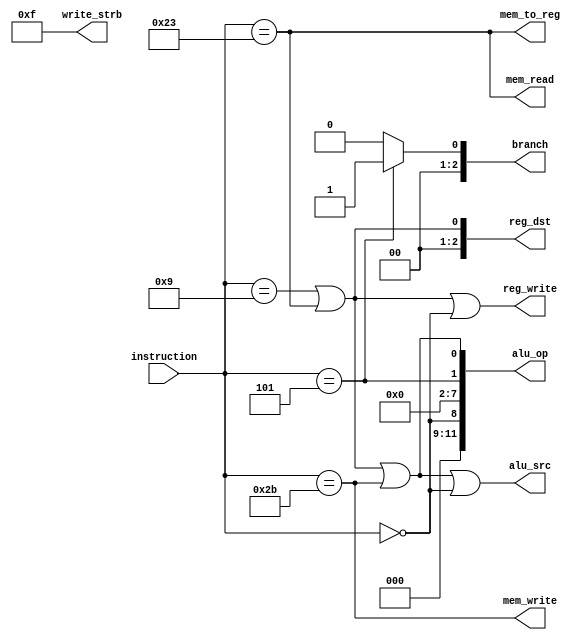
`timescale 10ns / 1ns

`define ADDIU 6'b001001
`define LW    6'b100011
`define SW    6'b101011
`define BNE   6'b000101
`define SLL   6'b000000

`define nop 3'b000
`define bne 3'b001

`define R 2'b10
`define SL 2'b00
`define Beq 2'b01


module control(
	input [5:0]instruction,
	output [2:0]reg_dst,
    output [2:0]branch,
    output mem_read,
    output mem_to_reg,
    output [11:0]alu_op,
    output mem_write,
    output alu_src,
    output reg_write,
	output [3:0]write_strb
);


wire [5 :0] inst_31_26; //op
//wire [4 :0] inst_25_21; //rs
//wire [4 :0] inst_20_16; //rt
//wire [4 :0] inst_15_11; //rd
//wire [4 :0] inst_10_6 ; //sa
//wire [5 :0] inst_5_0  ; //func
//wire [16:0] inst_15_0 ; //imm
//wire [26:0] inst_25_0 ; //jidx

assign inst_31_26 = instruction[5:0];
//assign inst_25_21 = instruction[25:21];
//assign inst_20_16 = instruction[20:16];
//assign inst_15_11 = instruction[15:11];
//assign inst_10_6  = instruction[10: 6];
//assign inst_5_0   = instruction[ 5: 0];
//assign inst_15_0  = instruction[15: 0];
//assign inst_25_0  = instruction[25: 0];

wire inst_addiu;
wire inst_bne  ;
wire inst_lw   ;
wire inst_sw   ;
wire inst_sll  ;

assign inst_addiu = (inst_31_26==`ADDIU );
assign inst_bne   = (inst_31_26==`BNE   );
assign inst_lw    = (inst_31_26==`LW    );
assign inst_sw    = (inst_31_26==`SW    );
assign inst_sll   = (inst_31_26==`SLL   );

assign alu_op[ 0] = inst_addiu | inst_lw | inst_sw;
assign alu_op[ 1] = inst_bne  ;
assign alu_op[ 2] = 0;
assign alu_op[ 3] = 0;
assign alu_op[ 4] = 0;
assign alu_op[ 5] = 0;
assign alu_op[ 6] = 0;
assign alu_op[ 7] = 0;
assign alu_op[ 8] = inst_sll  ;
assign alu_op[ 9] = 0;
assign alu_op[10] = 0;
assign alu_op[11] = 0;

assign reg_dst     = inst_addiu | inst_lw;
assign branch     = inst_bne ? `bne:`nop;
assign mem_read   = inst_lw;
assign mem_to_reg = inst_lw;
assign mem_write  = inst_sw;
assign reg_write  = inst_addiu | inst_lw | inst_sll;
assign alu_src    = inst_addiu | inst_lw | inst_sw | inst_sll;
assign write_strb = 4'b1111;
                  
endmodule